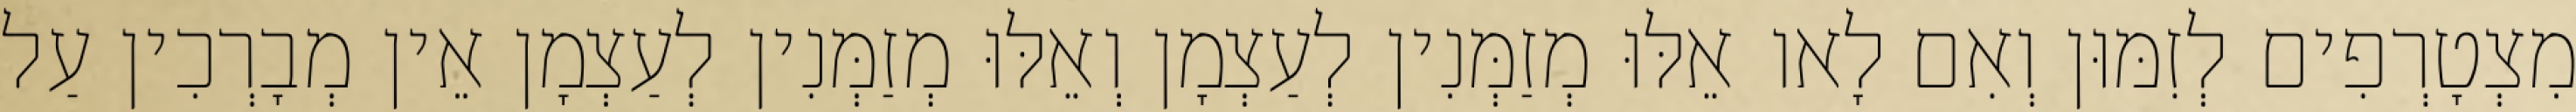
מִצְטָרְפִים לְזִמּוּן וְאִם לָאו אֵלּוּ מְזַמְּנִין לְעַצְמָן וְאֵלּוּ מְזַמְּנִין לְעַצְמָן אֵין מְבָרְכִין עַל